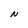
Character: N